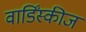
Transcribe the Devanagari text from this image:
वार्डिंस्कीज